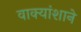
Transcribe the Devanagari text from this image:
वाक्यांशाने